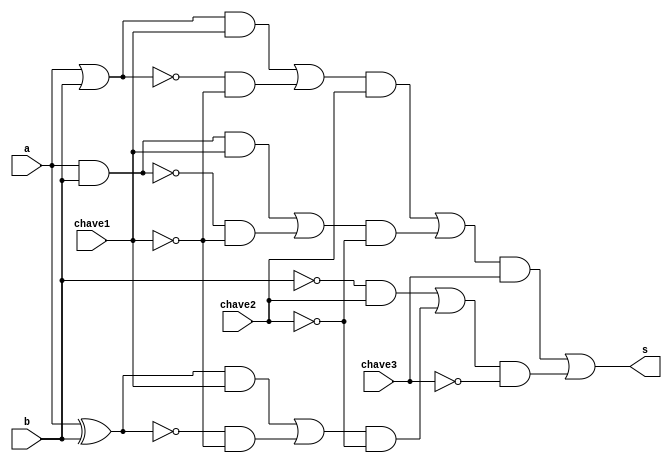
// -------------------------
// Exemplo0035 
// Nome: Mateus Lima Batista
// -------------------------
// -------------------------
// Mateus_gate
// -------------------------

module mateus(s,a,b,chave1,chave2,chave3);

output s;

input a;
input b;
input chave1;
input chave2;
input chave3;

wire temp01;
wire temp02;
wire temp03;
wire temp04;
wire temp05;
wire temp06;
wire temp07;
wire temp08;
wire temp09;
wire temp10;
wire temp11;
wire temp12;
wire temp13;
wire temp14;
wire temp15;
wire temp16;
wire temp17;
wire temp18;
wire temp19;
wire temp20;
wire temp21;
wire temp22;
wire temp23;

assign temp01 = a | b;
assign temp02 = (~(a|b));
assign temp03 = a & b;
assign temp04 = (~(a&b));
assign temp05 = a^b;
assign temp06 = (~(a^b));
assign temp07 = temp01 & chave1;
assign temp08 = temp02 & ~(chave1);
assign temp09 = temp03 & chave1;
assign temp10 = temp04 & ~(chave1);
assign temp11 = temp05 & chave1;
assign temp12 = temp06 & ~(chave1);
assign temp13 = temp07 | temp08;
assign temp14 = temp09 | temp10;
assign temp15 = temp11 | temp12;
assign temp16 = temp13 & chave2;
assign temp17 = temp14 & ~(chave2);
assign temp18 = (~b) & chave2;
assign temp19 = temp15 & ~(chave2);
assign temp20 = temp16 | temp17;
assign temp21 = temp18 | temp19;
assign temp22 = temp20 & chave3;
assign temp23 = temp21 & ~(chave3);
assign s = temp22 | temp23;
endmodule

// USAR PORTAS !!!

module testMateus;

reg a;
reg b;
reg chave1;
reg chave2;
reg chave3;

wire s;

mateus lima(s,a,b,chave1,chave2,chave3);

initial begin:main

$display ("Exemplo 0035 - Mateus Lima Batista");
$display ("Matricula : 451410");
$display ("Test LU's module ");
$display ("\n  a\t  b\t chave1\t chave2\t chave3\t  s");

#1 a = 0; b = 0; chave1 = 0; chave2 = 0; chave3 = 0;

$monitor("%3b\t%3b\t%3b\t%3b\t%3b\t%3b",a,b,chave1,chave2,chave3,s);
#1 a = 0; b = 1; chave1 = 0; chave2 = 0; chave3 = 0;
#1 a = 1; b = 0; chave1 = 0; chave2 = 0; chave3 = 0;
#1 a = 1; b = 1; chave1 = 0; chave2 = 0; chave3 = 0;
#1 a = 0; b = 0; chave1 = 1; chave2 = 0; chave3 = 0;
#1 a = 0; b = 1; chave1 = 1; chave2 = 0; chave3 = 0;
#1 a = 1; b = 0; chave1 = 1; chave2 = 0; chave3 = 0;
#1 a = 1; b = 1; chave1 = 1; chave2 = 0; chave3 = 0;
#1 a = 0; b = 0; chave1 = 0; chave2 = 1; chave3 = 0;
#1 a = 0; b = 1; chave1 = 0; chave2 = 1; chave3 = 0;
#1 a = 1; b = 0; chave1 = 0; chave2 = 1; chave3 = 0;
#1 a = 1; b = 1; chave1 = 0; chave2 = 1; chave3 = 0;
#1 a = 0; b = 0; chave1 = 1; chave2 = 1; chave3 = 0;
#1 a = 0; b = 1; chave1 = 1; chave2 = 1; chave3 = 0;
#1 a = 1; b = 0; chave1 = 1; chave2 = 1; chave3 = 0;
#1 a = 1; b = 1; chave1 = 1; chave2 = 1; chave3 = 0;

#1 a = 0; b = 1; chave1 = 0; chave2 = 0; chave3 = 1;
#1 a = 1; b = 0; chave1 = 0; chave2 = 0; chave3 = 1;
#1 a = 1; b = 1; chave1 = 0; chave2 = 0; chave3 = 1;
#1 a = 0; b = 0; chave1 = 1; chave2 = 0; chave3 = 1;
#1 a = 0; b = 1; chave1 = 1; chave2 = 0; chave3 = 1;
#1 a = 1; b = 0; chave1 = 1; chave2 = 0; chave3 = 1;
#1 a = 1; b = 1; chave1 = 1; chave2 = 0; chave3 = 1;
#1 a = 0; b = 0; chave1 = 0; chave2 = 1; chave3 = 1;
#1 a = 0; b = 1; chave1 = 0; chave2 = 1; chave3 = 1;
#1 a = 1; b = 0; chave1 = 0; chave2 = 1; chave3 = 1;
#1 a = 1; b = 1; chave1 = 0; chave2 = 1; chave3 = 1;
#1 a = 0; b = 0; chave1 = 1; chave2 = 1; chave3 = 1;
#1 a = 0; b = 1; chave1 = 1; chave2 = 1; chave3 = 1;
#1 a = 1; b = 0; chave1 = 1; chave2 = 1; chave3 = 1;
#1 a = 1; b = 1; chave1 = 1; chave2 = 1; chave3 = 1;

end
endmodule